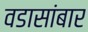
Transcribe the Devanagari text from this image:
वडासांबार